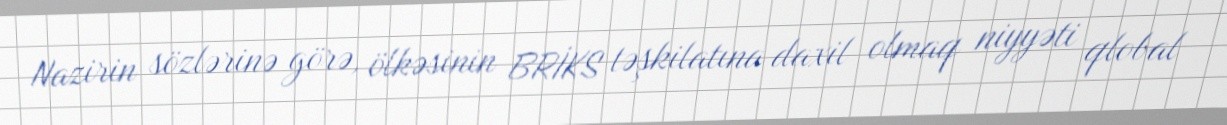
Nazirin sözlərinə görə, ölkəsinin BRİKS təşkilatına daxil olmaq niyyəti qlobal